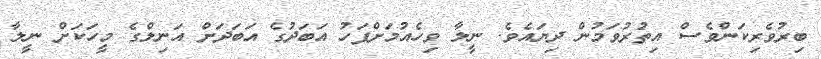
ބިރުވެރިކަންވެސް އިތުރުވަމުން ދިޔައެވެ. ނީލާ ވިހެއުމަށްފަހު އަބަދުގެ އަބަދަށް އަނިލްގެ މީހަކަށް ނީލާ